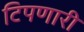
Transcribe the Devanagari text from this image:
टिपणारी